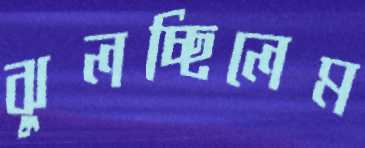
ঝুলচ্ছিলেম